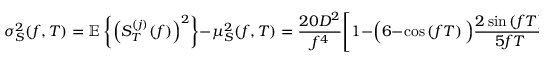
\sigma _ { S } ^ { 2 } ( f , T ) = \mathbb { E } \left\{ \left( S _ { T } ^ { ( j ) } ( f ) \right) ^ { 2 } \right\} - \mu _ { S } ^ { 2 } ( f , T ) = { \frac { 2 0 D ^ { 2 } } { f ^ { 4 } } } { \Bigg [ } 1 - { \Big ( } 6 - \cos \left( f T \right) { \Big ) } { \frac { 2 \sin \left( f T \right) } { 5 f T } } + { \frac { { \Big ( } 1 7 - \cos \left( 2 f T \right) - 1 6 \cos \left( f T \right) { \Big ) } } { 1 0 f ^ { 2 } T ^ { 2 } } } { \Bigg ] }